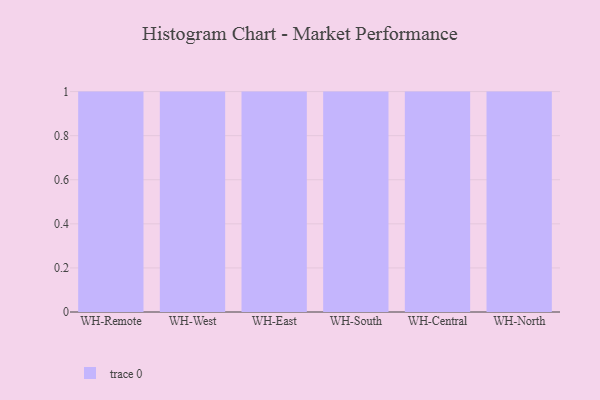
{"axis": {"x": "Warehouse", "y": "Latency (ms)"}, "legend": [""], "data": [{"x": "WH-Remote", "y": 34, "type": ""}, {"x": "WH-West", "y": 41, "type": ""}, {"x": "WH-East", "y": 88, "type": ""}, {"x": "WH-South", "y": 2, "type": ""}, {"x": "WH-Central", "y": 20, "type": ""}, {"x": "WH-North", "y": 43, "type": ""}]}